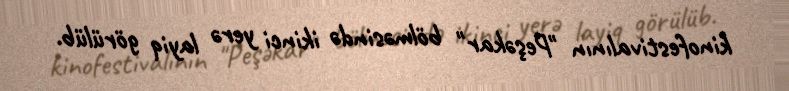
kinofestivalının "Peşəkar" bölməsində ikinci yerə layiq görülüb.